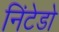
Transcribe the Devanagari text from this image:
निंटेडो